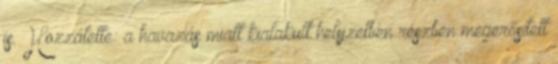
is. Hozzátette: a havazás miatt kialakult helyzetben részben megerősített